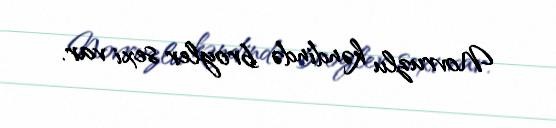
Novruzlu kəndində broyler sexi var.